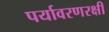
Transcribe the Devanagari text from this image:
पर्यावरणरक्षी